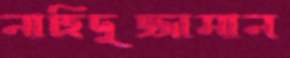
নাহিদুজ্জামান